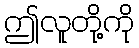
ဤလူတို့ကို